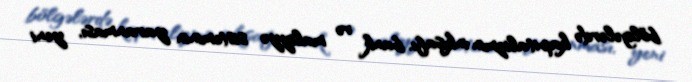
bölgələrdə kapitalizmin inkişafı, bank və maliyyə sisteminin yaranması, yeni